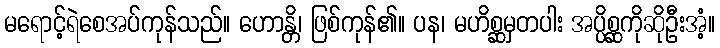
မရောင့်ရဲစေအပ်ကုန်သည်။ ဟောန္တိ၊ ဖြစ်ကုန်၏။ ပန၊ မဟိစ္ဆမှတပါး အပ္ပိစ္ဆကိုဆိုဦးအံ့။